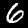
Label: 6